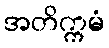
အတိက္ကမံ